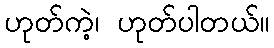
ဟုတ်ကဲ့၊ ဟုတ်ပါတယ်။